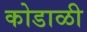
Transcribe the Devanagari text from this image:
कोडाळी